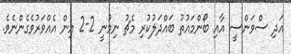
އަދި ސްވަންސީ އާއި ބޯންމައުތު ބައްދަލުކުރި މެޗު ނިމުނީ 2-2 އިން އެއްވަރުވެގެންނެވެ.